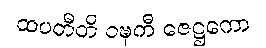
ထပတီတိ ဝဍ္ဎကီ ဇေဋ္ဌကော